Report on the bubonic plague in Bombay, 1896-1897
Year: 1896
Disease focus: Plague
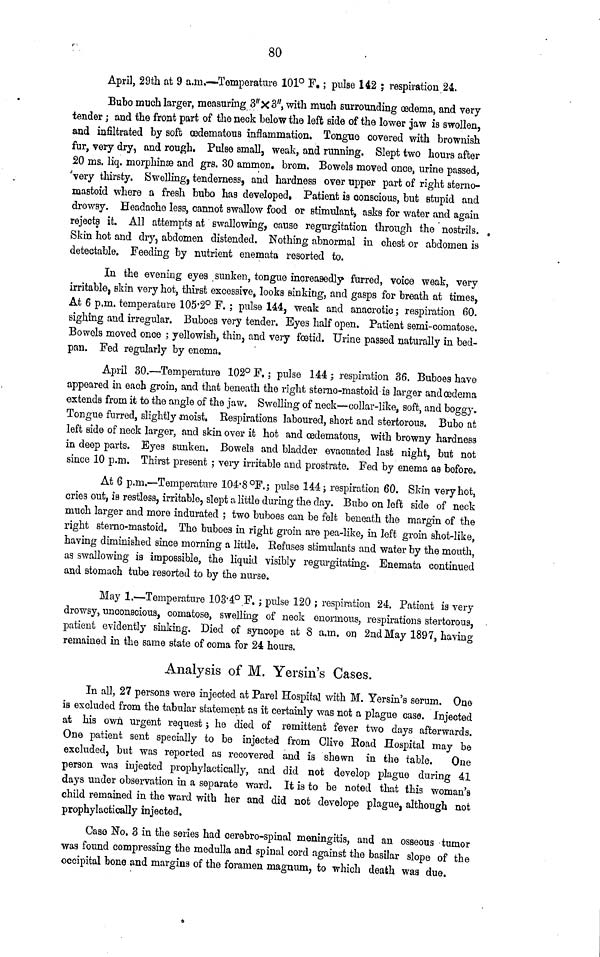
80
April, 29th at 9 a.m.—Temperature 101° F. ; pulse 142 ; respiration 24.
Bubo much larger, measuring 3"X 3", with much surrounding œdema, and very
tender ; and the front part of the neck below the left side of the lower jaw is swollen,
and infiltrated by soft œdematous inflammation. Tongue covered with brownish
fur, very dry, and rough, Pulse small, weak, and running. Slept two hours after
20 ms. liq morphinse and grs. 30 ammon. brom. Bowels moved once, urine passed,
very thirsty. Swelling, tenderness, and hardness over upper part of right sterno-
mastoid where a fresh bubo has developed. Patient is conscious, but stupid and
drowsy. Headache less, cannot swallow food or stimulant, asks for water and again
rejects it. All attempts at swallowing, cause regurgitation through the
nostrils.
Skin hot and dry, abdomen distended. Nothing abnormal in chest or abdomen is
detectable. Feeding by nutrient enemata resorted to.
In the evening eyes sunken, tongue increasedly furred, voice weak, very
irritable, skin very hot, thirst excessive, looks sinking, and gasps for breath at times,
At 6 p.m. temperature 105.2° F. ; pulse 144, weak and anacrotic ; respiration 60.
sighing and irregular. Buboes very tender. Byes half open. Patient semi-comatose.
Bowels moved once ; yellowish, thin, and very fœtid. Urine passed naturally in bed-
pan. Fed regularly by enema.
April 30.—Temperature 102° F. ; pulse 144 ; respiration 36. Buboes have
appeared in each groin, and that beneath the right sterno-mastoid is larger and œdema
extends from if to the angle of the jaw. Swelling of neck—collar-like, soft, and boggy.
Tongue furred, slightly moist. Respirations laboured, short and stertorous. Bubo at
left side of neck larger, and skin over it hot and œdematous, with browny hardness
in deep parts. Eyes sunken. Bowels and bladder evacuated last night, but not
since 10 p.m. Thirst present ; very irritable and prostrate. Fed by enema as before.
At 6 p.m.—Temperature 104.8 °F.; pulse 144 ; respiration 60. Skin very hot,
cries out, is restless, irritable, slept a little during the day. Bubo on left side of neck
much larger and more indurated ; two buboes can be felt beneath the margin of the
right sterno-mastoid. The buboes in right groin are pea-like, in left groin shot-like,
having diminished since morning a little. Refuses stimulants and water by the mouth,
as swallowing is impossible, the liquid visibly regurgitating. Enemata continued
and stomach tube resorted to by the nurse.
May 1.—Temperature 103.4° F. ; pulse 120 ; respiration 24. Patient is very
drowsy, unconscious, comatose, swelling of neck enormous, respirations stertorous,
patient evidently sinking. Died of syncope at 8 a.m. on 2nd May 1897, having
remained in the same state of coma for 24 hours.
Analysis of M. Yersin's Cases.
In all, 27 persons were injected at Parel Hospital with M. Yersin's serum. One
is excluded from the tabular statement as it certainly was not a plague case. Injected
at his own urgent request ; he died of remittent fever two days afterwards.
One patient sent specially to be injected from Clive Road Hospital may be
excluded, but was reported as recovered and is shewn in the table.
One
person was injected prophylactically, and did not develop plague during 41
days under observation in a separate ward. It is to be noted that this woman's
child remained in the ward with her and did not develope plague, although not
prophylactically injected.
Case No. 3 in the series had cerebro-spinal meningitis, and an osseous tumor
was found compressing the medulla and spinal cord against the basilar slope of the
occipital bone and margins of the foramen magnum, to which death was due.